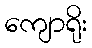
ကျောရိုး